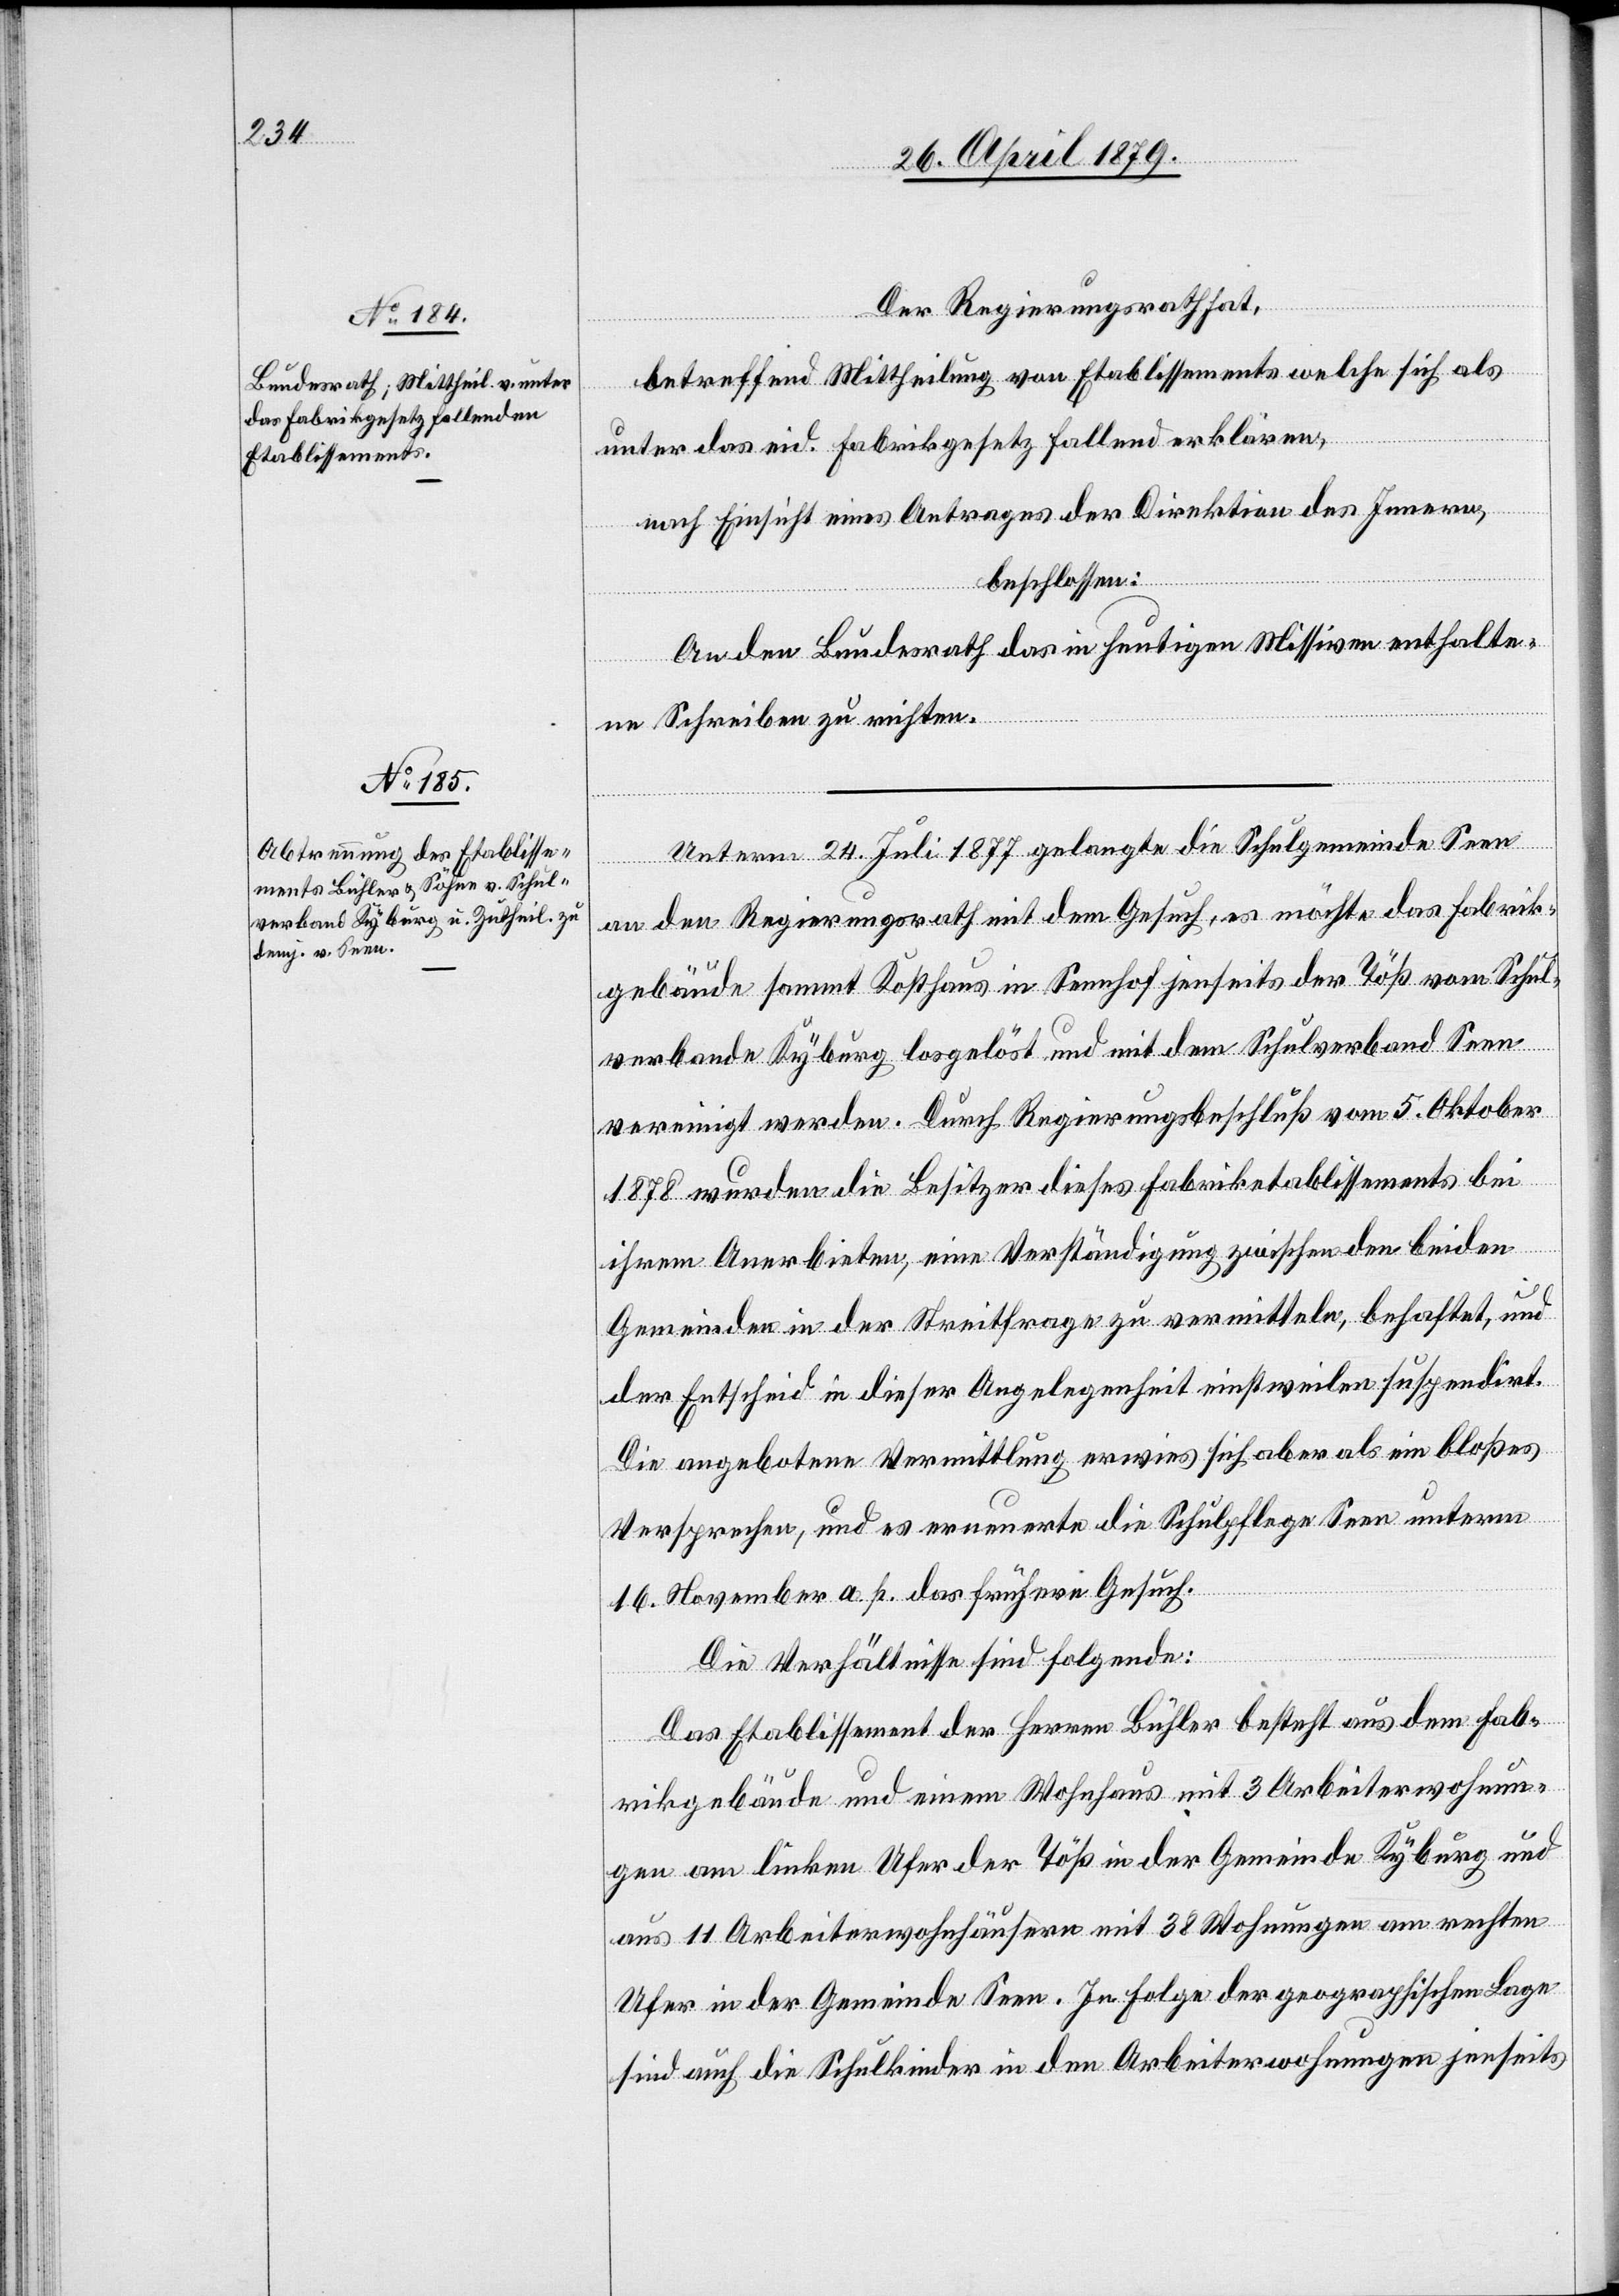
Der Regierungsrath hat,
betreffend Mittheilung von Etablissements welche sich als
unter das eid. Fabrikgesetz fallend erklären,
nach Einsicht eines Antrages der Direktion des Innern,
beschlossen:
An den Bundesrath das in heutigen Missiven enthalte¬
ne Schreiben zu richten.
Unterm 24. Juli 1877 gelangte die Schulgemeinde Seen
an den Regierungsrath mit dem Gesuch, es möchte das Fabrik¬
gebäude sammt Kosthaus in Sennhof jenseits der Töß vom Schul¬
verbande Kyburg losgelöst und mit dem Schulverband Seen
vereinigt werden. Durch Regierungsbeschluß vom 5. Oktober
1878 wurden die Besitzer dieses Fabriketablissements bei
ihrem Anerbieten, eine Verständigung zwischen den beiden
Gemeinden in der Streitfrage zu vermitteln, behaftet, und
der Entscheid in dieser Angelegenheit einstweilen suspendirt.
Die angebotene Vermittlung erwies sich aber als ein bloßes
Versprechen, und es erneuerte die Schulpflege Seen unterm
16. November a. p. das frühere Gesuch.
Die Verhältnisse sind folgende:
Das Etablissement der Herren Bühler besteht aus dem Fab¬
rikgebäude und einem Wohnhaus mit 3 Arbeiterwohnun¬
gen am linken Ufer der Töß in der Gemeinde Kyburg und
aus 11 Arbeiterwohnhäusern mit 38 Wohnungen am rechten
Ufer in der Gemeinde Seen. In Folge der geographischen Lage
sind auch die Schulkinder in den Arbeiterwohnungen jenseits